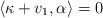
LaTeX: \begin{align*}\langle\kappa+v_1,\alpha\rangle=0\end{align*}